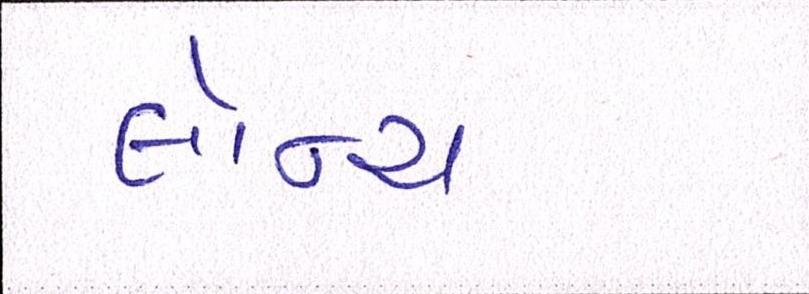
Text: લૉન્ચ